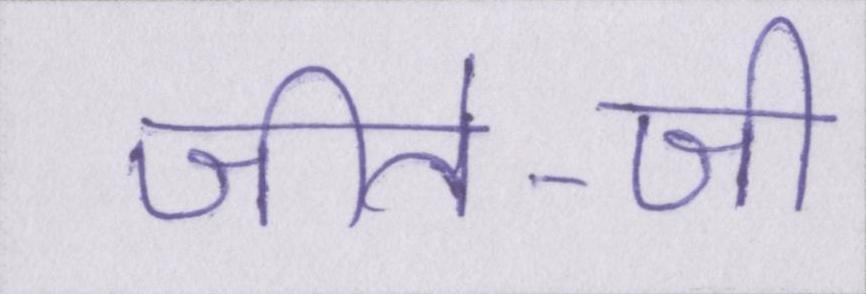
जीते-जी